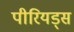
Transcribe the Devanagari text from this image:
पीरियड्स